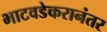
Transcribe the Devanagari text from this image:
भाटवडेकरानंतर